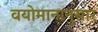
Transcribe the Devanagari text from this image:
वयोमानानुसार